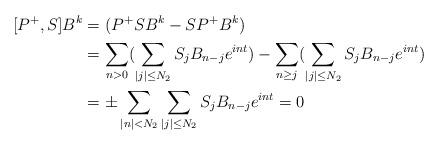
LaTeX: \begin{align*}[P^+,S]B^k&=(P^+SB^k-SP^+B^k)\\&=\sum_{n>0}(\sum_{|j|\leq N_2}S_jB_{n-j}e^{int})-\sum_{n\geq j}(\sum_{|j|\leq N_2}S_jB_{n-j}e^{int})\\&=\pm\sum_{ |n| < N_2}\sum_{|j|\leq N_2}S_jB_{n-j}e^{int}=0\end{align*}